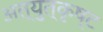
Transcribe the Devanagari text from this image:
अत्युुत्कृष्ट